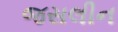
જસલીન